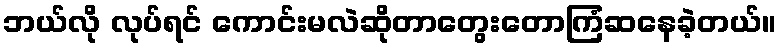
ဘယ်လို လုပ်ရင် ကောင်းမလဲဆိုတာတွေးတောကြံဆနေခဲ့တယ်။